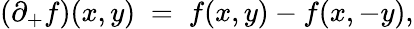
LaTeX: (\partial_{+}f)(x,y)\; =\; f(x,y)-f(x,-y),